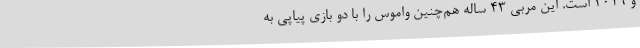
و 2019 است. این مربی 43 ساله هم‌چنین واموس را با دو بازی پیاپی به